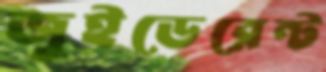
জুইডেরেন্ট